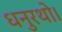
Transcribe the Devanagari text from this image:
धनुरथो।